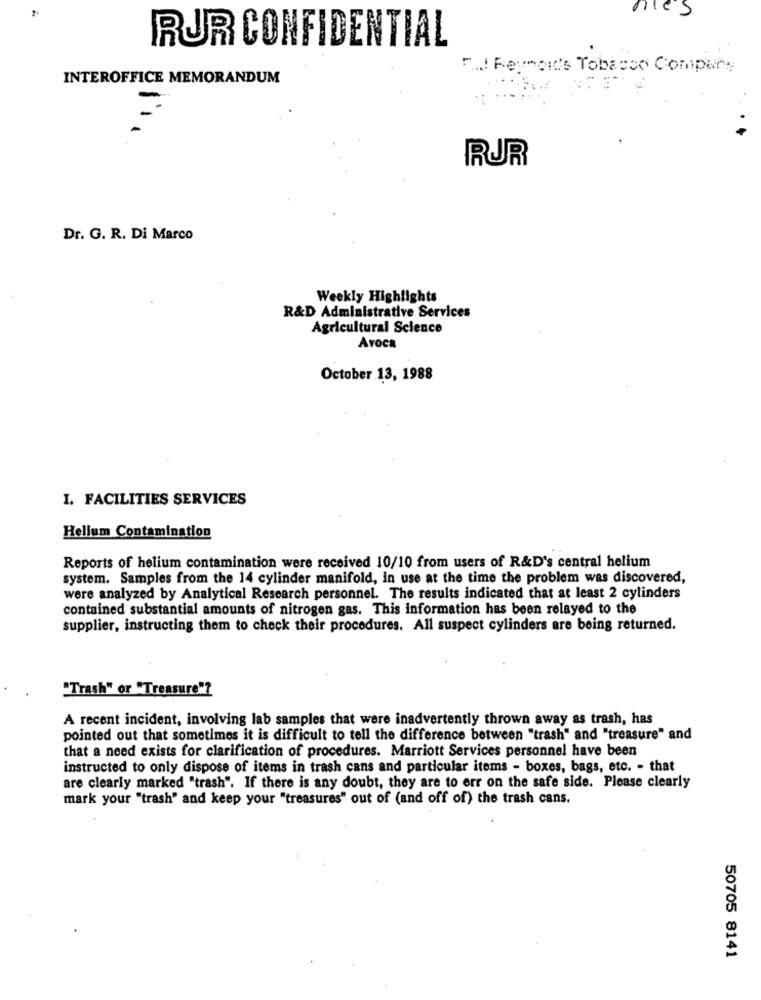
nies
RUR CONFIDENTIAL
F.I Reymoids Tobacco Company
INTEROFFICE MEMORANDUM
RUR
Dr. G. R. Di Marco
Weekly Highlights
R&D Administrative Services
Agricultural Science
Avoca
October 13, 1988
I. FACILITIES SERVICES
Hellum Contamination
Reports of helium contamination were received 10/10 from users of R&D's central helium
system. Samples from the 14 cylinder manifold, in use at the time the problem was discovered,
were analyzed by Analytical Research personnel. The results indicated that at least 2 cylinders
contained substantial amounts of nitrogen gas. This information has been relayed to the
supplier, instructing them to check their procedures. All suspect cylinders are being returned.
"Trash" or "Treasure"?
A recent incident, involving lab samples that were inadvertently thrown away as trash, has
pointed out that sometimes it is difficult to tell the difference between "trash" and "treasure" and
that a need exists for clarification of procedures. Marriott Services personnel have been
instructed to only dispose of items in trash cans and particular items - boxes, bags, etc. - that
are clearly marked "trash". If there is any doubt, they are to err on the safe side. Please clearly
mark your "trash" and keep your "treasures" out of (and off of) the trash cans.
50705 8141